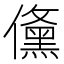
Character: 𭀉